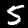
Digit: 5